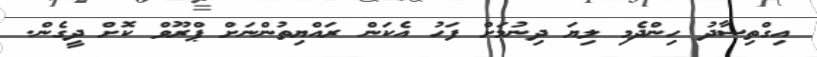
އިގްތިސާދު ހިންދެމި ލިޔަ ދިނުމަށް ފަހު އެކަން ރައްޔިތުންނަށް ޕްރޫވް ކޮށް ދީގެން.